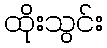
ထိုးသွင်း